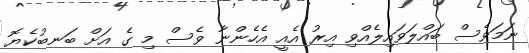
ނަމަވެސް ބައްލަވައިލެއްވި އިރު އެއީ އެހެންނާ ވެސް މި ގެ އަށް ބަނބުކެޔޮ